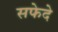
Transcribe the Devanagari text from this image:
सफेदे